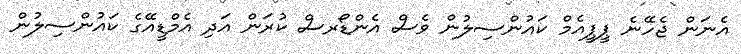
އެނަން ޖެހޭނެ ޕީޕީއެމް ކައުންސިލުން ވެސް އެންޑޯރސް ކުރަން އަދި އެމްޑީއޭގެ ކައުންސިލުން